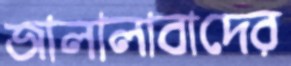
জালালাবাদের